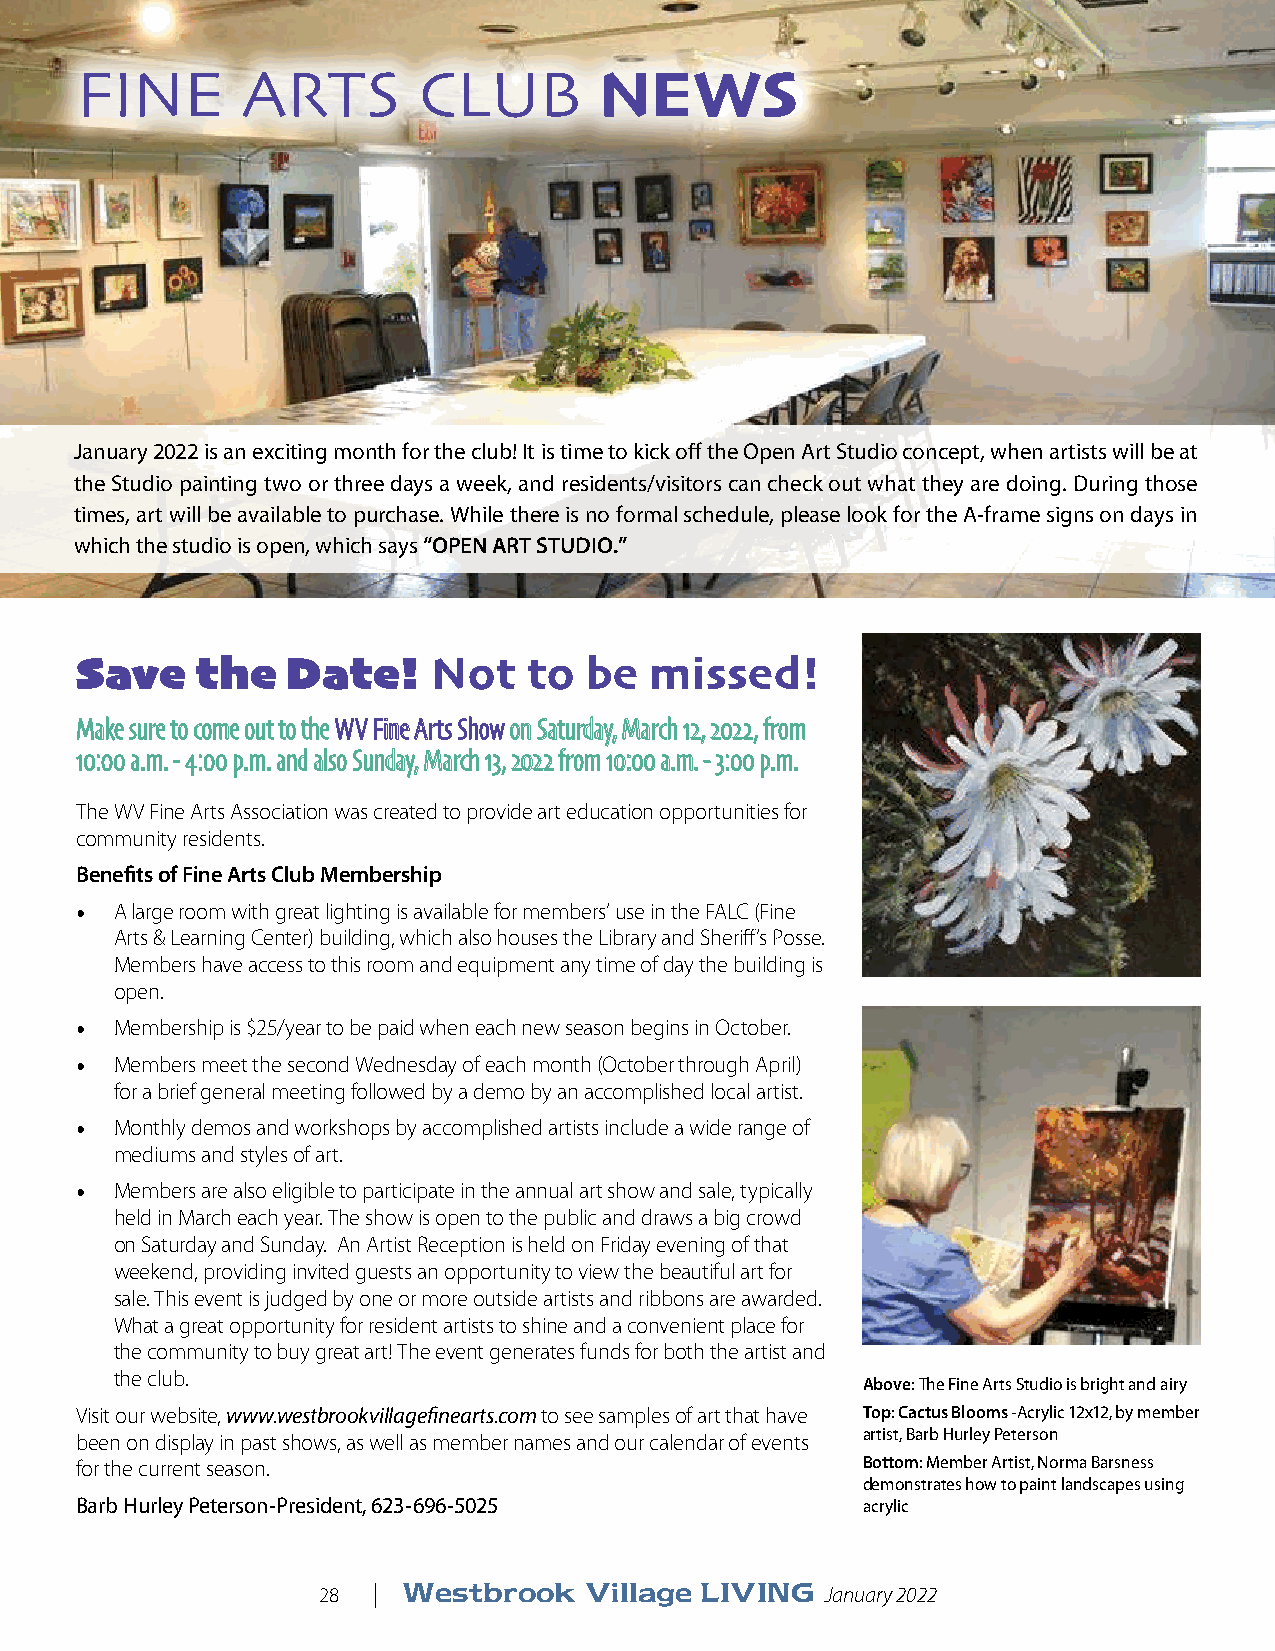
FINE       ARTS        CLUB        NEWS
 January 2022 is an exciting month for the club! It is time to kick off the Open Art Studio concept, when artists will be at
 the Studio painting two or three days a week, and residents/visitors can check out what they are doing. During those
 times, art will be available to purchase. While there is no formal schedule, please look for the A-frame signs on days in
 which the studio is open, which says “OPEN ART STUDIO.”
 Save    the   Date!     Not   to  be  missed!
 MMaakkee ssuurree ttoo ccoommee oouutt ttoo tthhee WWVV FFiinnee AArrttss SShhooww oonn SSaattuurrddaayy,, MMaarrcchh 1122,, 22002222,, ffrroomm
 1100::0000 aa..mm.. -- 44::0000 pp..mm.. aanndd aallssoo SSuunnddaayy,, MMaarrcchh 1133,, 22002222 ffrroomm 1100::0000 aa..mm.. -- 33::0000 pp..mm..
 The WV Fine Arts Association was created to provide art education opportunities for
 community residents.
 Benefits of Fine Arts Club Membership
 •  A large room with great lighting is available for members’ use in the FALC (Fine
 Arts & Learning Center) building, which also houses the Library and Sheriff’s Posse.
 Members have access to this room and equipment any time of day the building is
 open.
 •  Membership is $25/year to be paid when each new season begins in October.
 •  Members meet the second Wednesday of each month (October through April)
 for a brief general meeting followed by a demo by an accomplished local artist.
 •  Monthly demos and workshops by accomplished artists include a wide range of
 mediums and styles of art.
 •  Members are also eligible to participate in the annual art show and sale, typically
 held in March each year. The show is open to the public and draws a big crowd
 on Saturday and Sunday. An Artist Reception is held on Friday evening of that
 weekend, providing invited guests an opportunity to view the beautiful art for
 sale. This event is judged by one or more outside artists and ribbons are awarded.
 What a great opportunity for resident artists to shine and a convenient place for
 the community to buy great art! The event generates funds for both the artist and
 the club.
 Above: The Fine Arts Studio is bright and airy
 Visit our website, www.westbrookvillagefinearts.com to see samples of art that have Top: Cactus Blooms -Acrylic 12x12, by member
 been on display in past shows, as well as member names and our calendar of events artist, Barb Hurley Peterson
 for the current season.                             Bottom: Member Artist, Norma Barsness
 demonstrates how to paint landscapes using
 Barb Hurley Peterson-President, 623-696-5025        acrylic
 28  | Westbrook   Village LIVING  January 2022